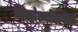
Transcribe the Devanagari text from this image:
सिद्धांतलोकप्रिय